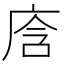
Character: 𭙞